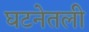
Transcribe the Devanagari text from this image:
घटनेतली